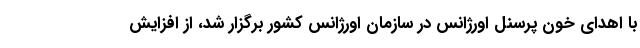
با اهدای خون پرسنل اورژانس در سازمان اورژانس کشور برگزار شد، از افزایش